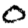
Digit: 0